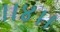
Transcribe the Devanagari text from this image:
।।४।।